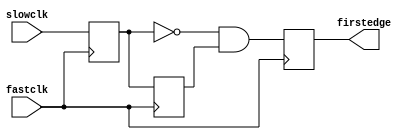
module oh_edgealign (/*AUTOARG*/
   // Outputs
   firstedge,
   // Inputs
   fastclk, slowclk
   );
   
   input  fastclk;
   input  slowclk;
   output firstedge;

   reg 	  clk45;
   reg 	  clk90;
   reg 	  firstedge;

   always @ (negedge fastclk) 
     clk45     <= slowclk;

   always @ (posedge fastclk) 
     begin
	clk90     <= clk45;
	firstedge <= ~clk45 & clk90;
     end
   
endmodule